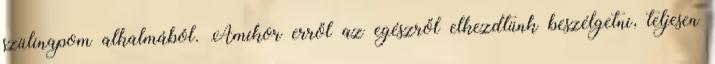
szülinapom alkalmából. Amikor erről az egészről elkezdtünk beszélgetni, teljesen